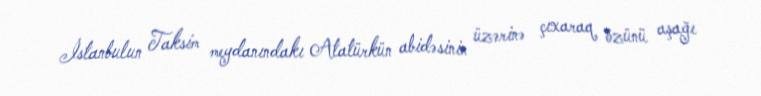
İstanbulun Taksim meydanındakı Atatürkün abidəsinin üzərinə çıxaraq özünü aşağı